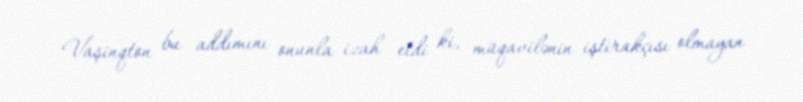
Vaşinqton bu addımını onunla izah etdi ki, müqavilənin iştirakçısı olmayan